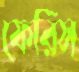
ফেরিস